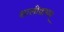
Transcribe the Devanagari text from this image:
शालीग्रामम्